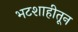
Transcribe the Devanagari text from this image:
भटशाहीतून